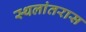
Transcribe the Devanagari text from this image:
स्थलांतरास